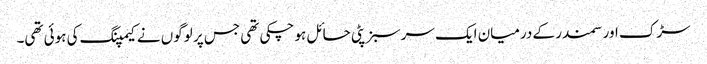
سڑک اور سمندر کے درمیان ایک سرسبز پٹی حائل ہو چکی تھی جس پر لوگوں نے کیمپنگ کی ہوئی تھی۔